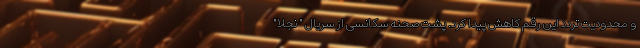
و محدودیت تردد این رقم کاهش پیدا کرد. پشت صحنه سکانسی از سریال " نجلا"